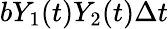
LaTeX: bY_{1}(t)Y_{2}(t)\Delta t